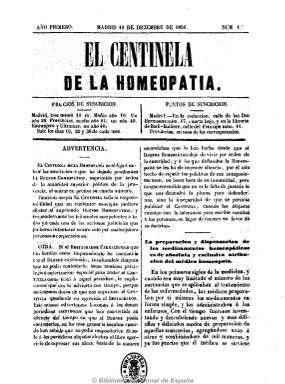
Título: El Centinela de la homeopatía
Colección: Homeopatía || Periódicos
Ámbito geográfico: Madrid
Lugar de publicación: Madrid
Fechas: 10/12/1850-10/09/1851

Periódico continuador de El duende homeopático (1850), que había sido suspendido por la autoridad política de la provincia y de cuya causa se responsabiliza ante los tribunales de justicia. Se quejó de que sólo los periódicos alópatas alcanzaran el “libre egercicio de espresar sus ideas” y de que contaran “con la tolerancia para escribir insultos”.

Además de incluir las mismas secciones de clínica y variedades que su antecesor, dedicó gran espacio a impugnar y polemizar con periódicos como El restaurador farmacéutico, llegando hasta un duelo con el director de esta publicación, el farmacéutico Pedro Calvo Asensio, y a enfrentamientos con el director de La linterna médica, Pedro Calvo Asensio, que llegaron a sustanciarse ante los tribunales de justicia, y que acabaron con el cierre de este periódico.

De igual factura que su antecesor –El duende homeopático-, de ocho páginas por número y periodicidad decenal al principio, para después ser quincenal.